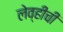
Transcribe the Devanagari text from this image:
लेव्हीची